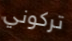
تركوني